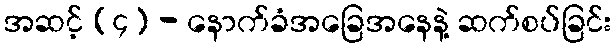
အဆင့် (၄) - နောက်ခံအခြေအနေနဲ့ ဆက်စပ်ခြင်း